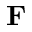
\mathbf { F }